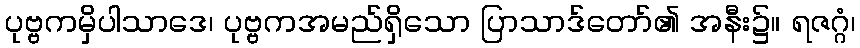
ပုဗ္ဗကမှိပါသာဒေ၊ ပုဗ္ဗကအမည်ရှိသော ပြာသာဒ်တော်၏ အနီး၌။ ရဇဂ္ဂံ၊